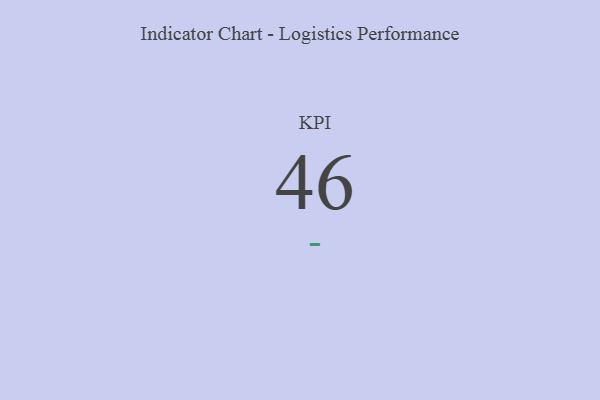
{"axis": {"x": "KPI", "y": "Value"}, "legend": [""], "data": [{"x": "KPI", "y": 46, "type": ""}]}